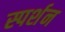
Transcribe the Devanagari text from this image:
स्पर्शन